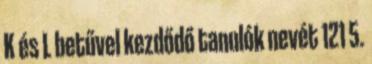
K és L betűvel kezdődő tanulók nevét 121 5.